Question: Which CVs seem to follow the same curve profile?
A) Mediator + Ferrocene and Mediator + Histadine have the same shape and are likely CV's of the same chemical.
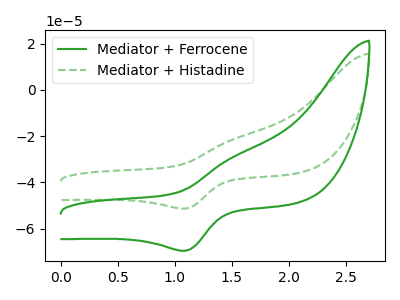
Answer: <think>The green curve "Mediator + Ferrocene" has an anodic peak at (1.50V, -29.25uA) and a cathodic peak at (1.10V, -69.55uA). The green dashed curve "Mediator + Histadine" has an anodic peak at (1.50V, -21.60uA) and a cathodic peak at (1.10V, -51.30uA).
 All the peaks in "Mediator + Ferrocene" have a peak in "Mediator + Histadine" at the same potential.</think>
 <answer>A) "Mediator + Ferrocene" and "Mediator + Histadine" have the same shape and are likely CV's of the same chemical.</answer>
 <eval>A</eval>